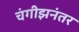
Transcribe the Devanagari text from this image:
चंगीझनंतर